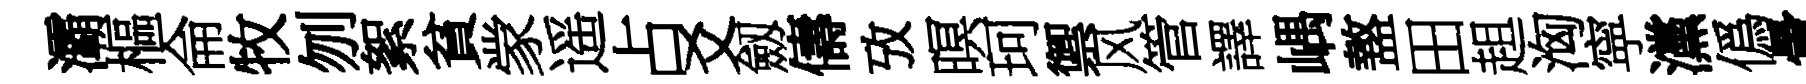
灞樞侖牧刎絮貧䝉遥占爻劔儔攷暝珂禦风管譯嵎盩田趄洶寜灙僞暈